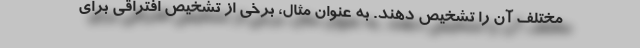
مختلف آن را تشخیص دهند. به عنوان مثال، برخی از تشخیص افتراقی برای